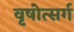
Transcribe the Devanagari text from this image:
वृषोत्सर्ग